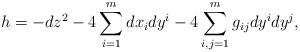
LaTeX: \begin{align*} h = -dz^2 - 4 \sum_{i=1}^m dx_i dy^i - 4 \sum_{i,j=1}^m g_{ij} dy^i dy^j, \end{align*}